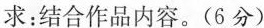
求：结合作品内容。(6分)